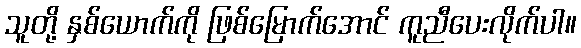
သူတို့ နှစ်ယောက်ကို ဖြစ်မြောက်အောင် ကူညီပေးလိုက်ပါ။